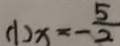
( 1 ) x = - \frac { 5 } { 2 }